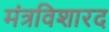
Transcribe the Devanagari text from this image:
मंत्रविशारद